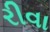
રીવા